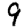
Digit: 9